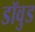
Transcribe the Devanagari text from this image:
डॉवुड